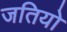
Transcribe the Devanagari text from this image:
जतियो